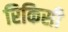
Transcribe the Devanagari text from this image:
रिकिसी